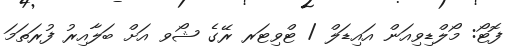
ފޮޓޯ: މޯލްޑިވިއަން އައިޑަލް / ޓްވިޓަރ ރޭގެ ޝޯވ އަށް ބަލާއިރު ފުރަތަމަ